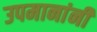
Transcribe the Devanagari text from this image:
उपमानांनी